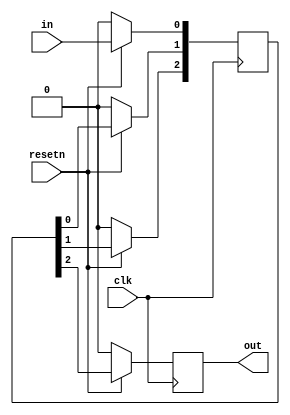
module top_module (
    input clk,
    input resetn,   // synchronous reset
    input in,
    output out);
    
    reg [2:0] Q;
    
    always @(posedge clk) begin
        Q[0] <= (resetn) ? in : 0;
        Q[1] <= (resetn) ? Q[0] : 0;
        Q[2] <= (resetn) ? Q[1] : 0;
        out <= (resetn) ? Q[2] : 0;
    end

endmodule